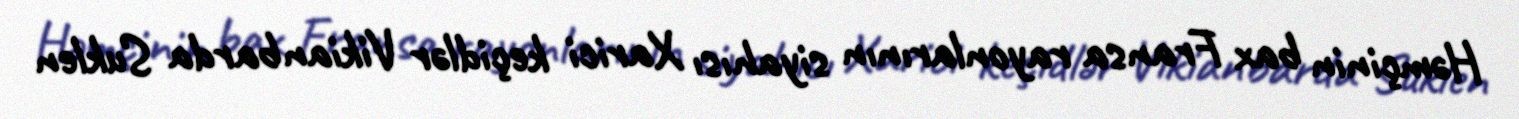
Həmçinin bax Fransa rayonlarının siyahısı Xarici keçidlər Vikianbarda Suklen